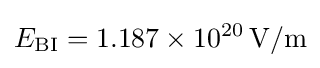
E_{\rm {BI}}=1.187\times 10^{20}\,\mathrm {V} /\mathrm {m}